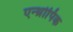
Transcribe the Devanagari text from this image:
एन्थ्रोपिक